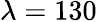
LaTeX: \lambda=130